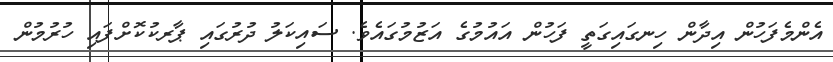
އެންމެފަހުން އިދާން ހިނގައިގަތީ ފަހުން އައުމުގެ އަޒުމުގައެވެ. ސައިކަލު ދުރުގައި ޕާރކުކޮށްފައި ހުރުމުން